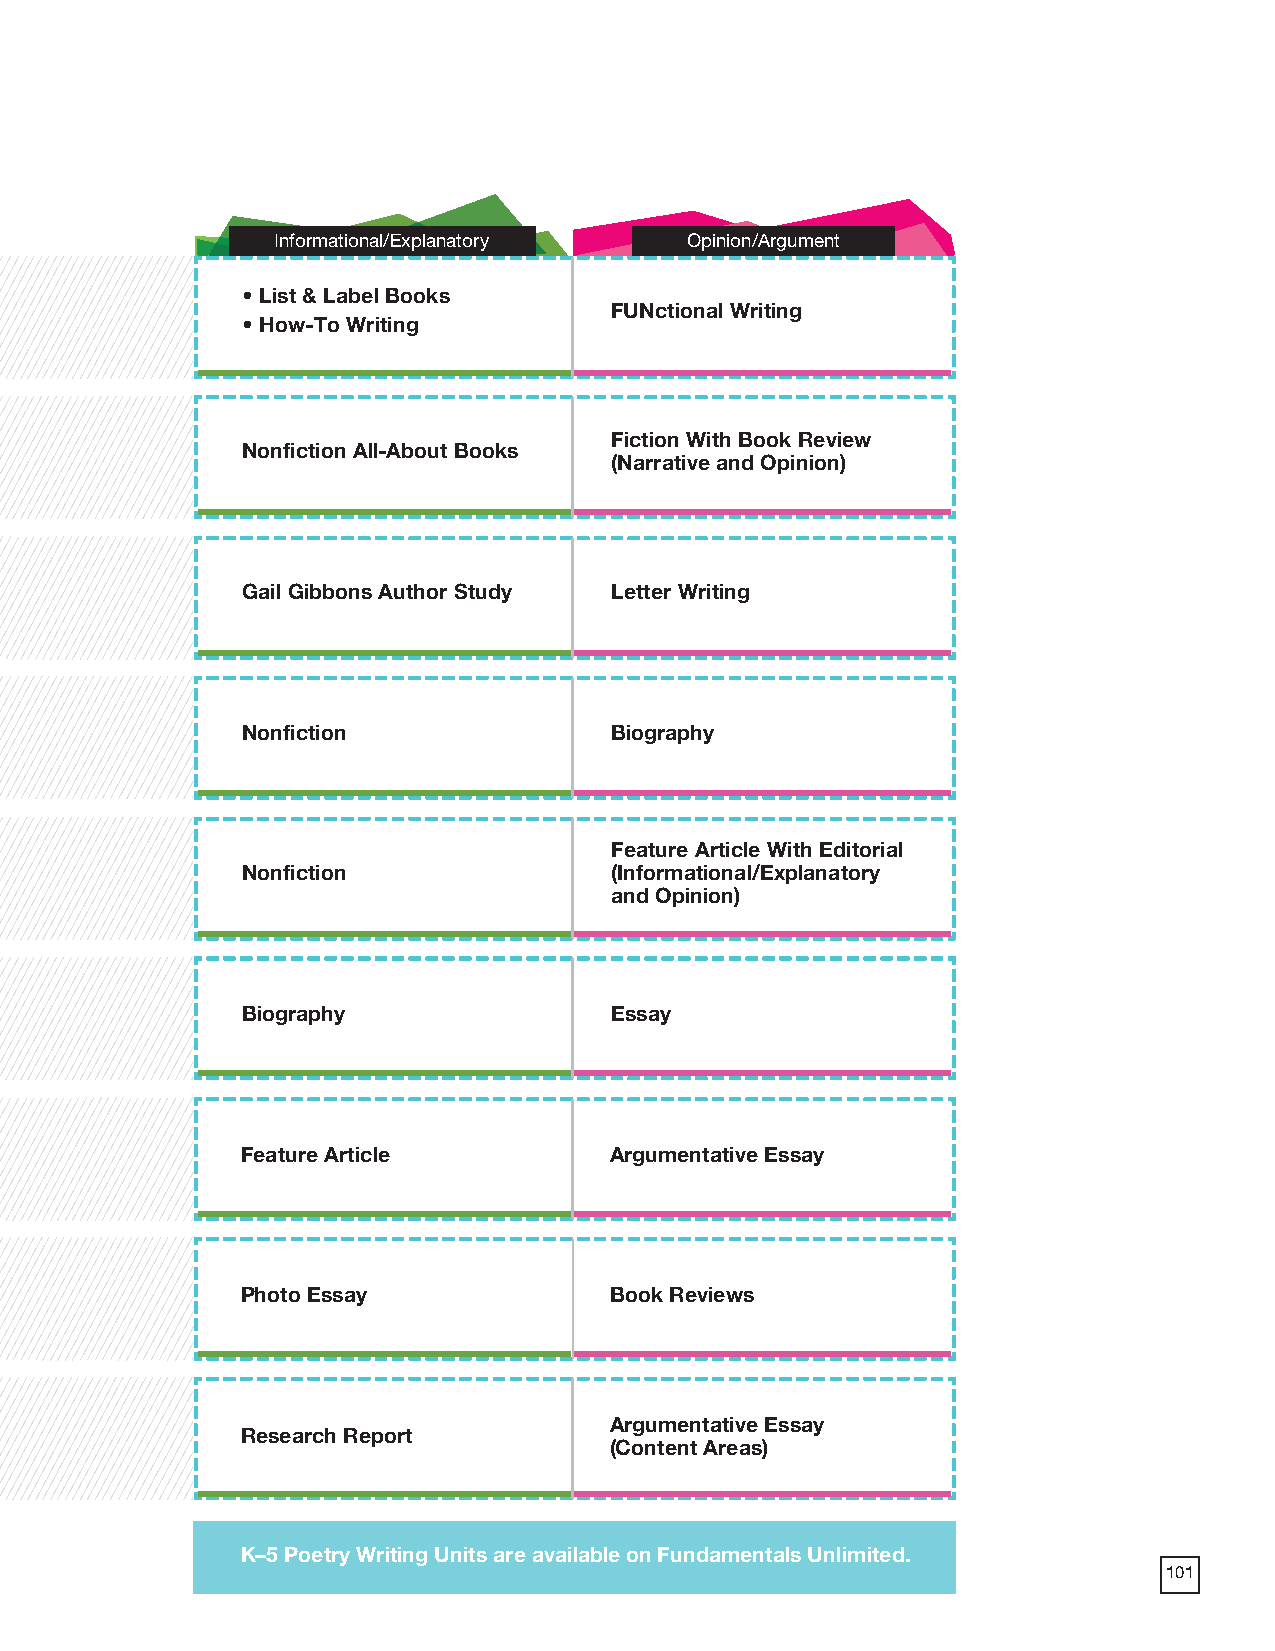
2018 ProdSamp_Layout 1 7/28/17 12:13 PM Page 241
 Informational/Explanatory  Opinion/Argument
 • List & Label Books
 FUNctional Writing
 • How-To Writing
 Fiction With Book Review
 Nonfiction All-About Books
 (Narrative and Opinion)
 Gail Gibbons Author Study Letter Writing
 Nonfiction              Biography
 Feature Article With Editorial
 Nonfiction              (Informational/Explanatory
 and Opinion)
 Biography               Essay
 Feature Article         Argumentative Essay
 Photo Essay             Book Reviews
 Argumentative Essay
 Research Report
 (Content Areas)
 K–5 Poetry Writing Units are available on Fundamentals Unlimited.
 101
 179